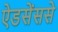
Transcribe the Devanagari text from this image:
ऐडसेंससे